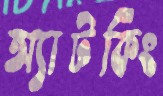
অ্যাটকিং